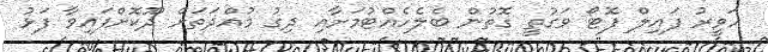
ހަވީރު ފައިލް ފޮޓޯ ވަގުތީ ގޮތުން ބެލެހެއްޓުމަށާއި ދިގު މުއްދަތަށް ދޫކޮށްފައިވާ ފަޅު